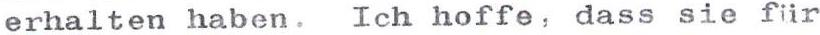
erhalten haben. Ich hoffe, dass sie für